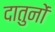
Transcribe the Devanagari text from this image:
दातुनों